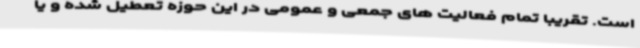
است. تقریبا تمام فعالیت های جمعی و عمومی در این حوزه تعطیل شده و یا